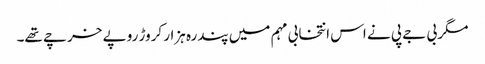
مگر بی جے پی نے اس انتخابی مہم میں پندرہ ہزار کروڑ روپے خرچے تھے۔